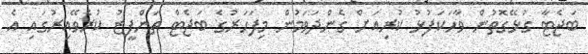
ބަޖެޓާ ގުޅޭގޮތުން ވާހަކަފުޅު ކުރިއަށް ގެންދަވަމުން މިފަހަރުގެ ބަޖެޓް ތަންފީޒު ކުރެވޭއިރުގައި އެ